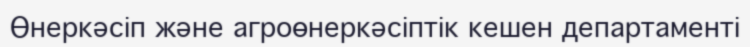
Өнеркәсіп және агроөнеркәсіптік кешен департаменті